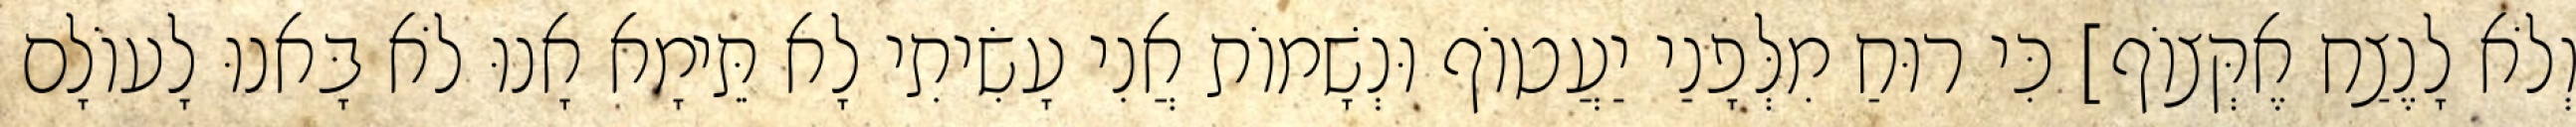
וְלֹא לָנֶצַח אֶקְּצוֹף] כִּי רוּחַ מִלְּפָנַי יַעֲטוֹף וּנְשָׁמוֹת אֲנִי עָשִׂיתִי לָא תֵּימָא אָנוּ לֹא בָּאנוּ לָעוֹלָם